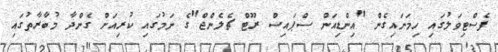
ފެސްޓިވަލުގައި ހިމަނައިގެން "އިންޑިއަން ސްޕައިސް ރޫޓް ޗެލެންޖް"ގެ ނަމުގައި ކުރިއަށް ގެންދާ މުބާރާތުގައި